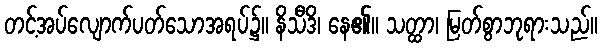
တင့်အပ်လျောက်ပတ်သောအရပ်၌။ နိသီဒိ၊ နေ၏။ သတ္ထာ၊ မြတ်စွာဘုရားသည်။